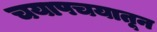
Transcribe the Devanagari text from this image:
चयापचयातून